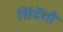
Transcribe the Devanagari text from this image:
शिंदेंशी